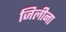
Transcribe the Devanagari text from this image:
जिलीना